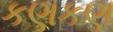
કણકણ